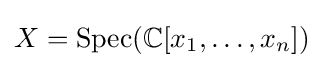
X=\operatorname {Spec} (\mathbb {C} [x_{1},\dots ,x_{n}])